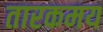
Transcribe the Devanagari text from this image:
तारकमय